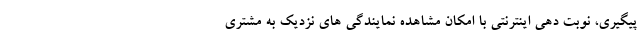
پیگیری، نوبت دهی اینترنتی با امکان مشاهده نمایندگی های نزدیک به مشتری